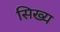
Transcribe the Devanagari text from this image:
सिख्य